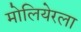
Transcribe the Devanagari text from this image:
मोलियेरला